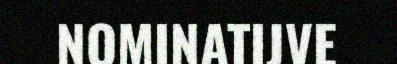
NOMINATIJVE